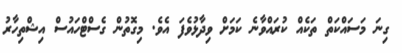
ގިނަ މަސައްކަތް ތަކެއް ކުރައްވާނެ ކަމަށް ވިދާޅުވެފަ އެވެ. މިގޮތުން ގެސްޓްހައުސް އިޝްތިހާރު